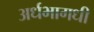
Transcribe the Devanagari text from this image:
अर्धभागधी